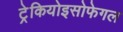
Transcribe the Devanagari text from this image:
ट्रेकियोइसोफेगल